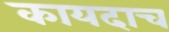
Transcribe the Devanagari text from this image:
कायदाच